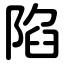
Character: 陷